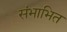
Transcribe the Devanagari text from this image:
संभाभित